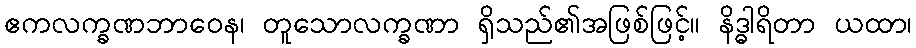
ဧကလက္ခဏဘာဝေန၊ တူသောလက္ခဏာ ရှိသည်၏အဖြစ်ဖြင့်။ နိဒ္ဓါရိတာ ယထာ၊